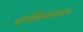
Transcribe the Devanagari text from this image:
दार्शनिकशास्त्र